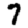
Digit: 7